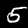
Label: 5